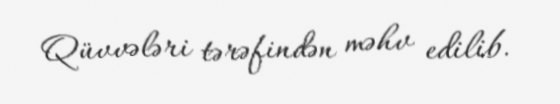
Qüvvələri tərəfindən məhv edilib.